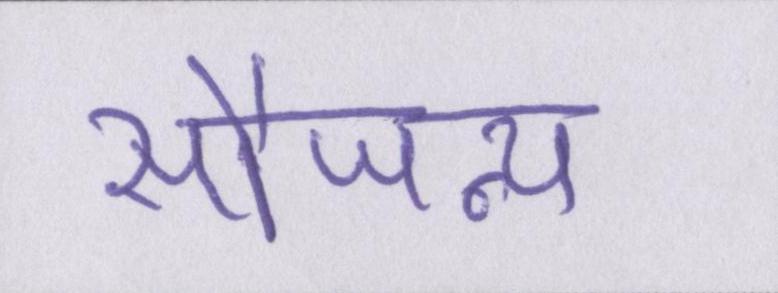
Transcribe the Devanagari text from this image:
सौजन्य